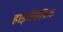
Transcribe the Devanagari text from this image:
हाइरोग्निफ़िक